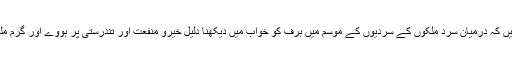
حضرت جابر مغربی رحمۃ اللہ علیہ کہتے ہیں کہ درمیان سرد ملکوں کے سردیوں کے موسم میں برف کو خواب میں دیکھنا دلیل خیرو منفعت اور تندرستی پر ہووے اور گرم ملکوں میں دلیل قحط اور تنگی اور اندوہ پر ہو۔